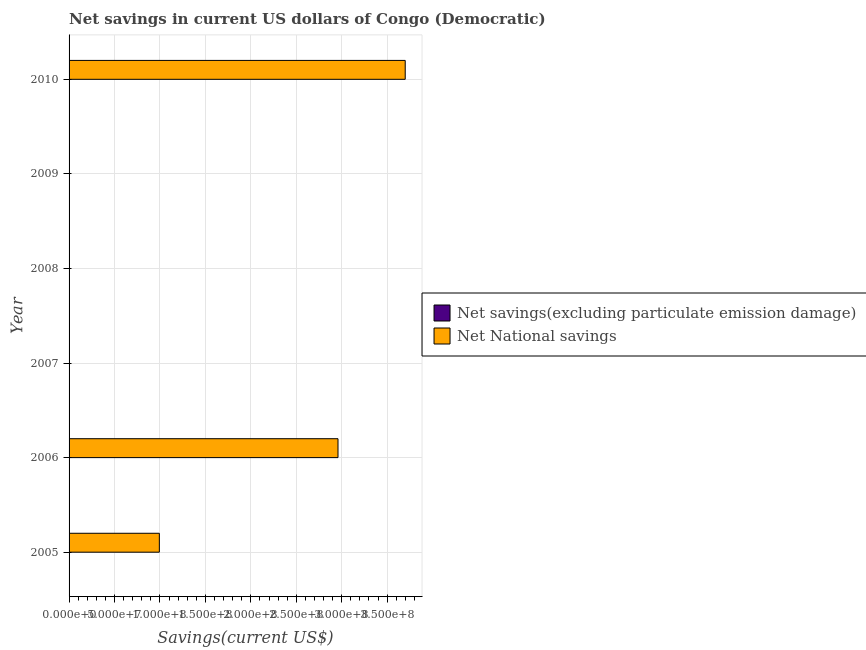
| Year | Net savings(excluding particulate emission damage) | Net National savings |
 | --- | --- | --- |
 | 2005 | -1.72e+09 | 9.93e+07 |
 | 2006 | -1.95e+09 | 2.96e+08 |
 | 2007 | -3.22e+09 | -3.47e+07 |
 | 2008 | -5.29e+09 | -1.12e+09 |
 | 2009 | -4.39e+09 | -2.22e+08 |
 | 2010 | -4.32e+09 | 3.7e+08 |